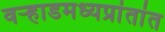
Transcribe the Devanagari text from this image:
वर्‍हाडमध्यप्रांतांत